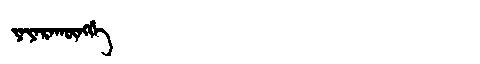
Manchu: ᠶᠠᠶᠠᡵᠠᡴᡡᠩᡤᡝ
Romanization: YAYARAKŪNGGE